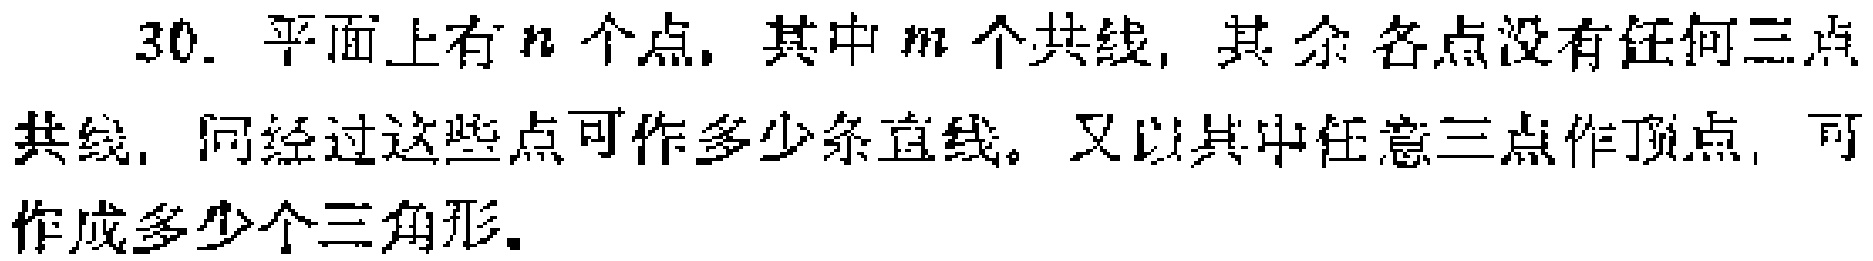
30. 平面上有\(n\)个点，其中\(m\)个共线，其余各点没有任何三点共线，问经过这些点可作多少条直线。又以其中任意三点作顶点，可作成多少个三角形。